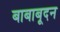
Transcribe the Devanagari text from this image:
बाबाबूदन